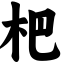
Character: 杷